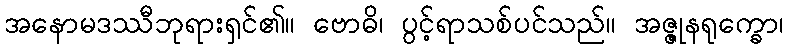
အနောမဒဿီဘုရားရှင်၏။ ဗောဓိ၊ ပွင့်ရာသစ်ပင်သည်။ အဇ္ဇုနရုက္ခော၊